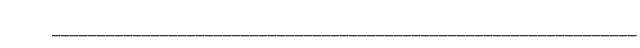
_________________________________________________________________